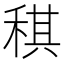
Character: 稘